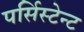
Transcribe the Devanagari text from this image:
पर्सिस्टेन्ट